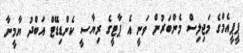
ޕީޕީއެމްގެ މަޖިލިސް މެންބަރުން ވަނީ އެ ޕާޓީގެ ރިޔާސީ ކެންޑިޑޭޓް އަބްދު ޔާމީނާ